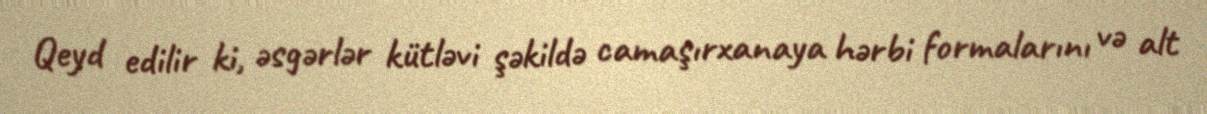
Qeyd edilir ki, əsgərlər kütləvi şəkildə camaşırxanaya hərbi formalarını və alt